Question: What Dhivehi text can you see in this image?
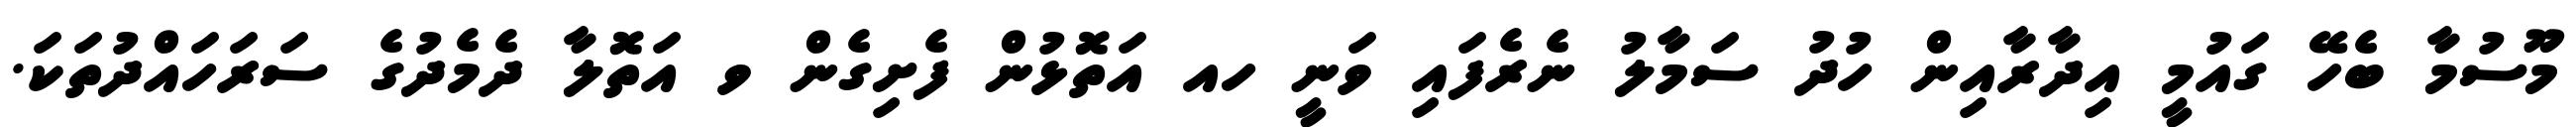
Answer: މޫސުމާ ބެހޭ ގައުމީ އިދާރާއިން ހުދު ސަމާލު ނެރެފައި ވަނީ ހއ އަތޮޅުން ފެށިގެން ވ އަތޮލާ ދެމެދުގެ ސަރަހައްދުތަކަ.